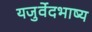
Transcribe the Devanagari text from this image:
यजुर्वेदभाष्य